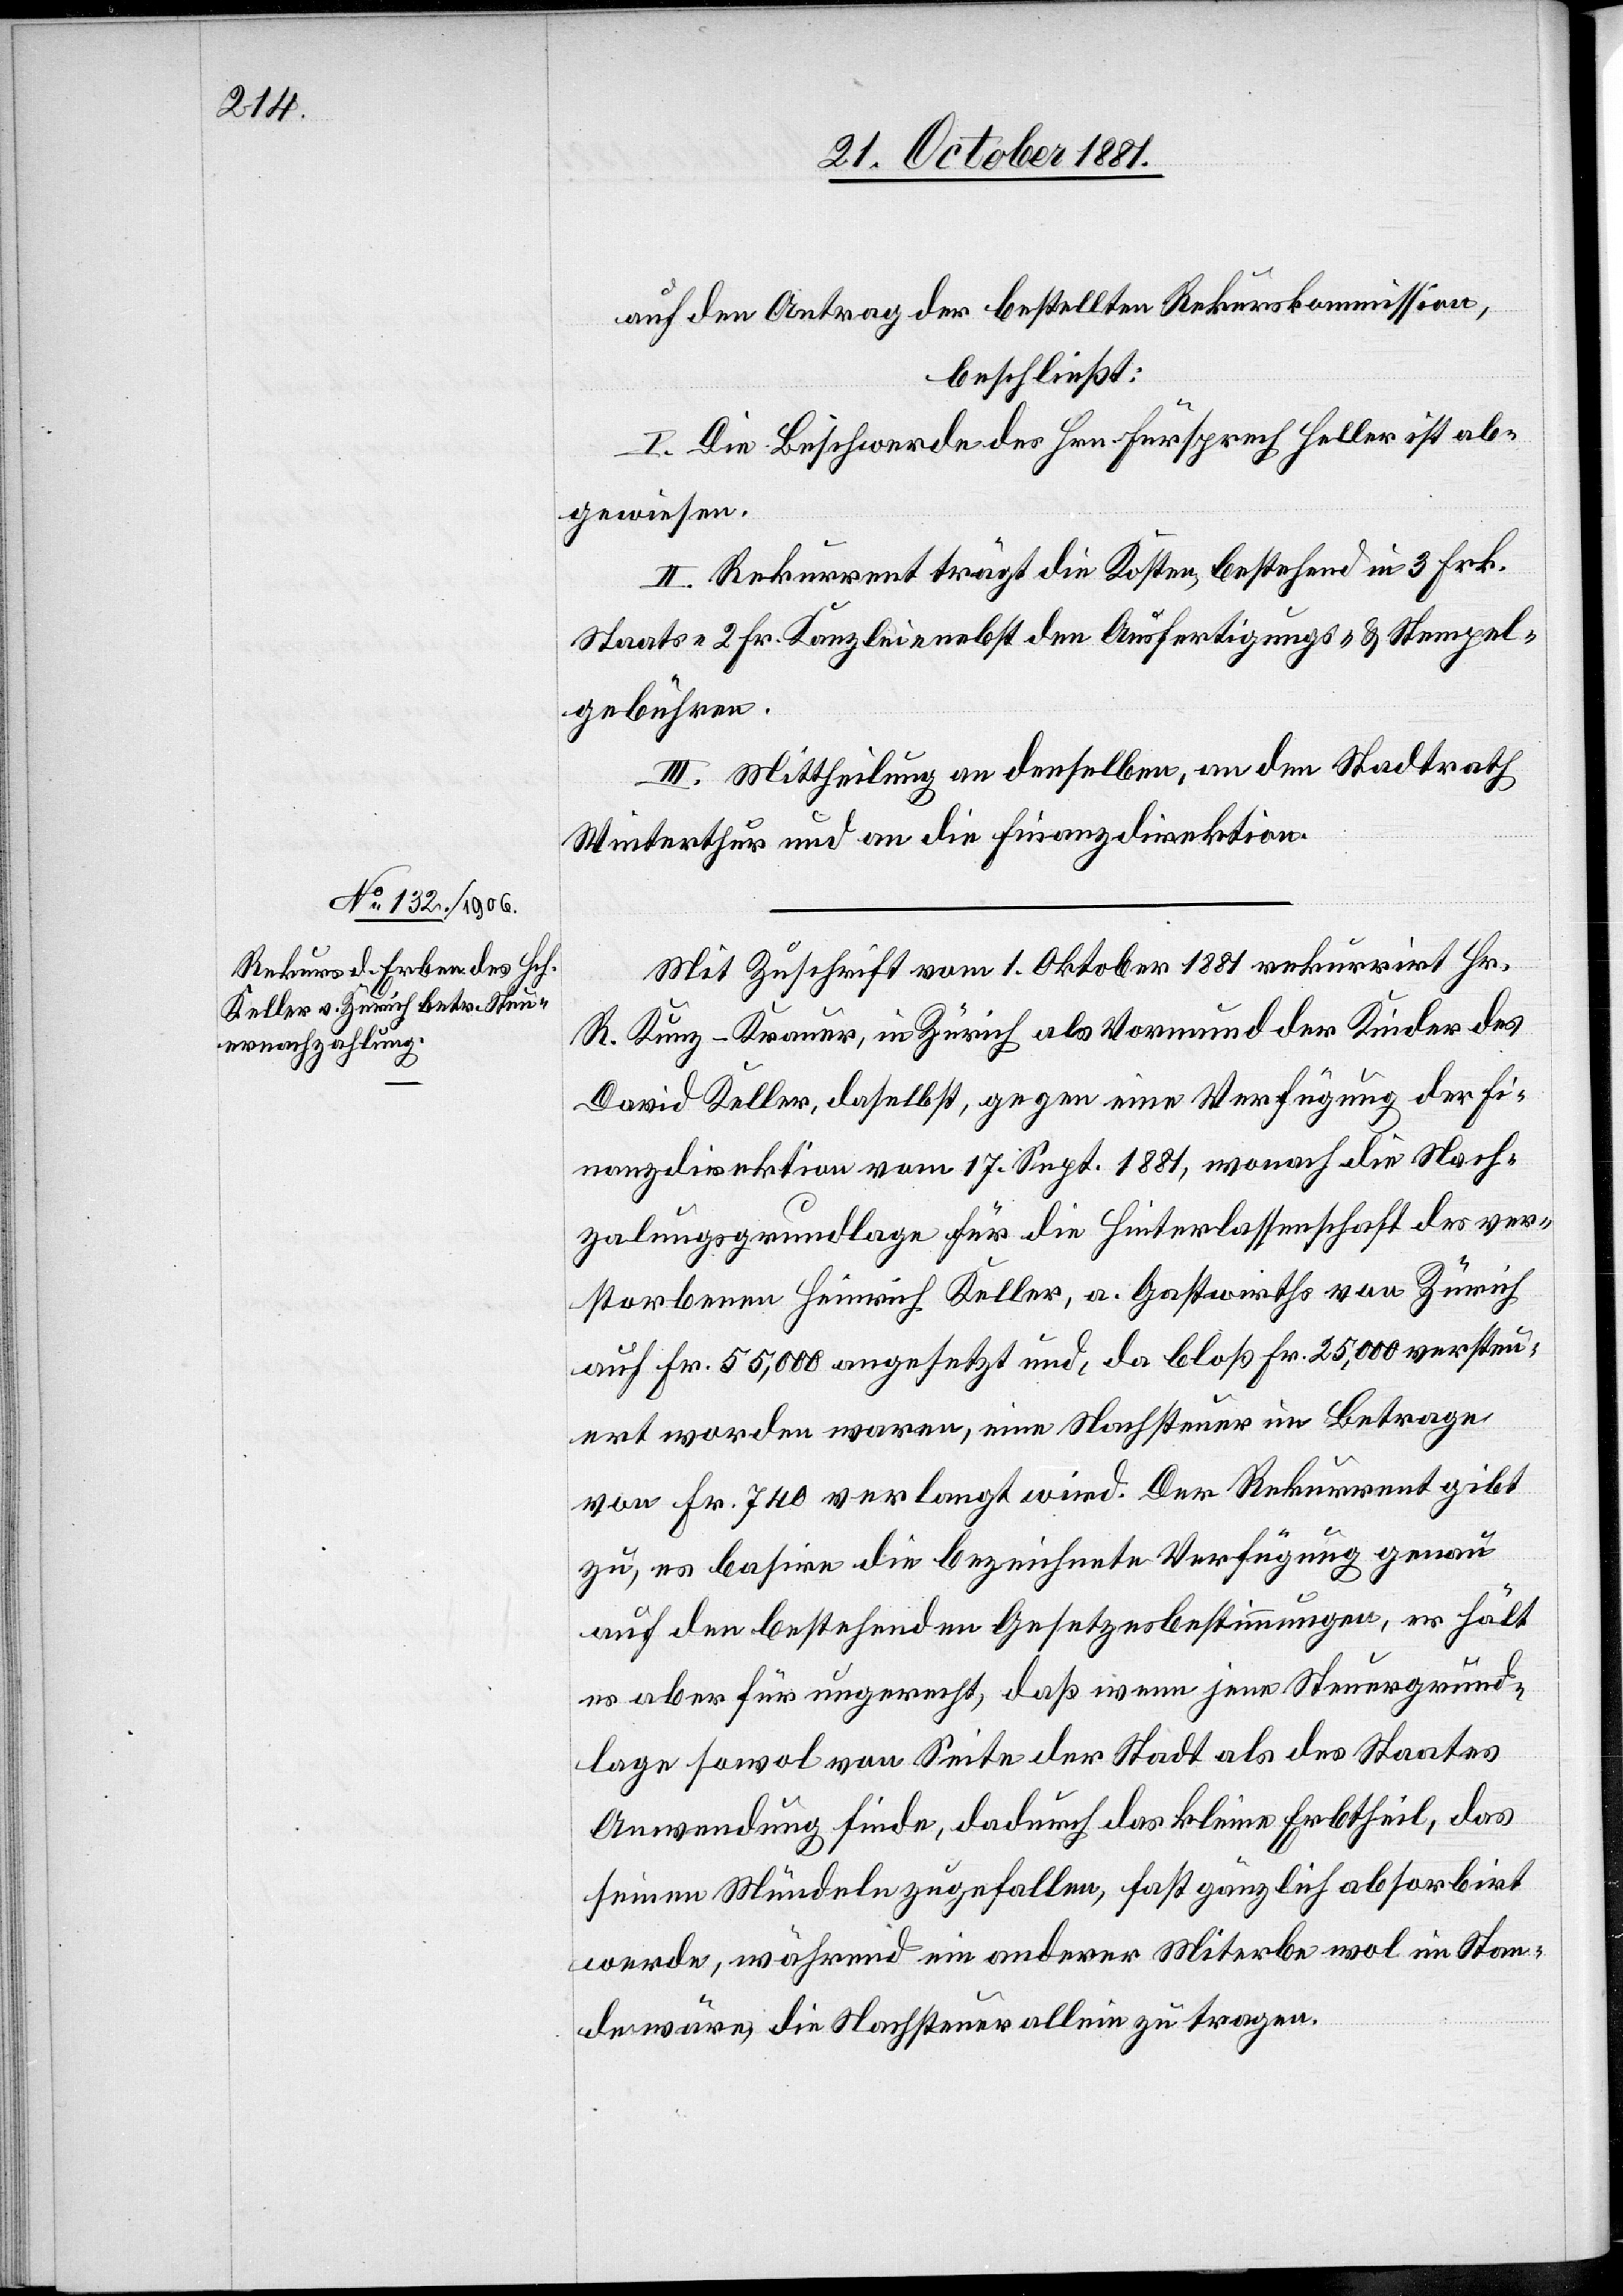
auf den Antrag der bestellten Rekurskommission,
beschließt:
I. Die Beschwerde des Hrn. Fürsprech Heller ist ab¬
gewiesen.
II. Rekurrent trägt die Kosten bestehend in 3 Fr.
Staats-[,] 2 Fr. Kanzlei- nebst den Ausfertigungs- & Stempel¬
gebühren.
III. Mittheilung an denselben, an den Stadtrath
Winterthur und an die Finanzdirektion.
Mit Zuschrift vom 1. Oktober 1881 rekurrirt Hr.
R. Kunz-Kramer, in Zürich als Vormund der Kinder des
David Keller, daselbst, gegen eine Verfügung der Fi¬
nanzdirektion vom 17. Sept. 1881, wonach die Nach¬
zalungsgrundlage für die Hinterlassenschaft des ver¬
storbenen Heinrich Keller, a. Gastwirths von Zürich
auf Fr. 55,000 angesetzt und, da bloß Fr. 25,000 versteu¬
ert worden waren, eine Nachsteuer im Betrage
von Fr. 740 verlangt wird. Der Rekurrent gibt
zu, es basire die bezeichnete Verfügung genau
auf den bestehenden Gesetzesbestimmungen, er hält
es aber für ungerecht, daß wenn jene Steuergrund¬
lagen sowol von Seite der Stadt als des Staates
Anwendung finde, dadurch das kleine Erbtheil, das
seinen Mündeln zugefallen, fast gänzlich absorbirt
werde, während ein anderer Miterbe wol im Stan¬
de wäre, die nachsteuer allein zu tragen.